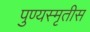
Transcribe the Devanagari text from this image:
पुण्यस्मृतीस